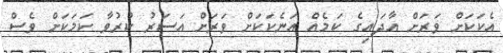
އެކަކަށް ވަރަށް އާދައިގެ ކަމެއް އަނެކަކަށް ވަރަށް އަސަރު ކުރުވާ ކަމަކަށް ވެސް